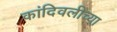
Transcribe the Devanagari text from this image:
कांदिवलीच्या